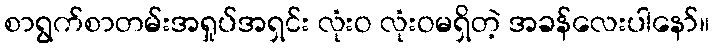
စာရွက်စာတမ်းအရှုပ်အရှင်း လုံးဝ လုံးဝမရှိတဲ့ အခန်လေးပါနော်။